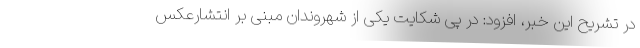
در تشریح این خبر، افزود: در پی شکایت یکی از شهروندان مبنی بر انتشارعکس